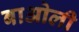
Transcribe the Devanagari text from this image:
बाओली